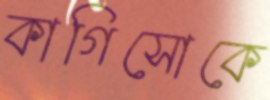
কাগিসোকে